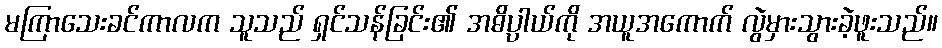
မကြာသေးခင်ကာလက သူသည် ရှင်သန်ခြင်း၏ အဓိပ္ပာယ်ကို အယူအကောက် လွဲမှားသွားခဲ့ဖူးသည်။